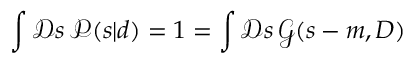
\int { \mathcal { D } } s \, { \mathcal { P } } ( s | d ) = 1 = \int { \mathcal { D } } s \, { \mathcal { G } } ( s - m , D )